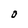
Character: O